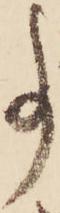
事